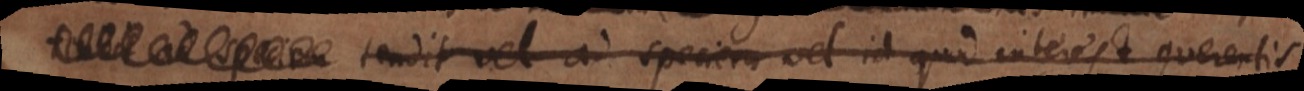
tendit vel ad speciem vel id quod interest querentis